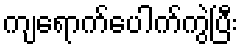
ကျရောက်ပေါက်ကွဲပြီး